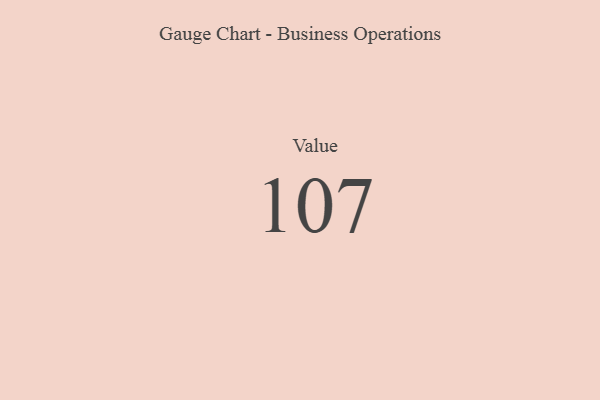
{"axis": {"x": "Metric", "y": "Value"}, "legend": [""], "data": [{"x": "Value", "y": 107, "type": ""}]}